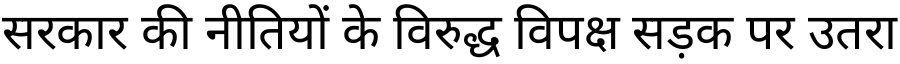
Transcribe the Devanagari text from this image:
सरकार की नीतियों के विरुद्ध विपक्ष सड़क पर उतरा